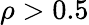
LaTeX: \rho>0.5